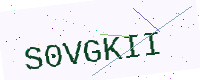
Text: S0VGKII